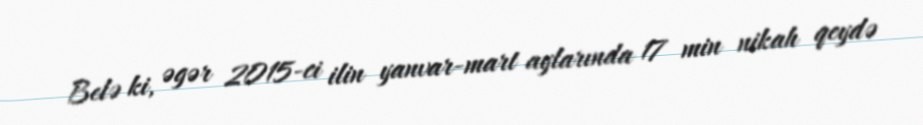
Belə ki, əgər 2015-ci ilin yanvar-mart aylarında 17 min nikah qeydə